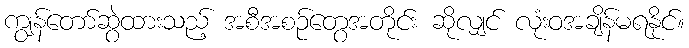
ကျွန်တော်ဆွဲထားသည့် အစီအစဉ်တွေအတိုင်း ဆိုလျှင် လုံးဝအချိန်မရနိုင်။